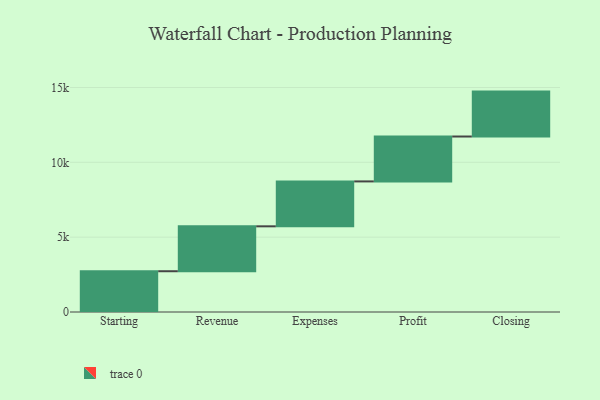
{"axis": {"x": "Step", "y": "Value"}, "legend": [""], "data": [{"x": "Starting", "y": 2724.0, "type": ""}, {"x": "Revenue", "y": 3000, "type": ""}, {"x": "Expenses", "y": 3000, "type": ""}, {"x": "Profit", "y": 3000, "type": ""}, {"x": "Closing", "y": 3000, "type": ""}]}